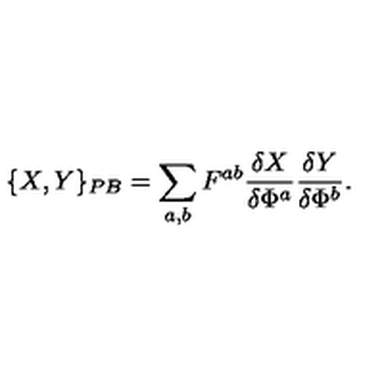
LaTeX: \{ X , Y \} _ { P B } = \sum _ { a , b } F ^ { a b } \frac { \delta X } { \delta \Phi ^ { a } } \frac { \delta Y } { \delta \Phi ^ { b } } .